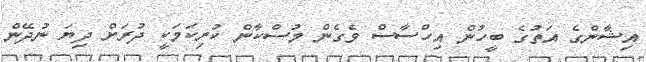
އިޝާންގެ އަތުގެ ބީހުން އިހްސާސް ވެގެން މުސްކާން ކުރިކަމަކީ ދުރަށް ދިޔަ ނުދޭން